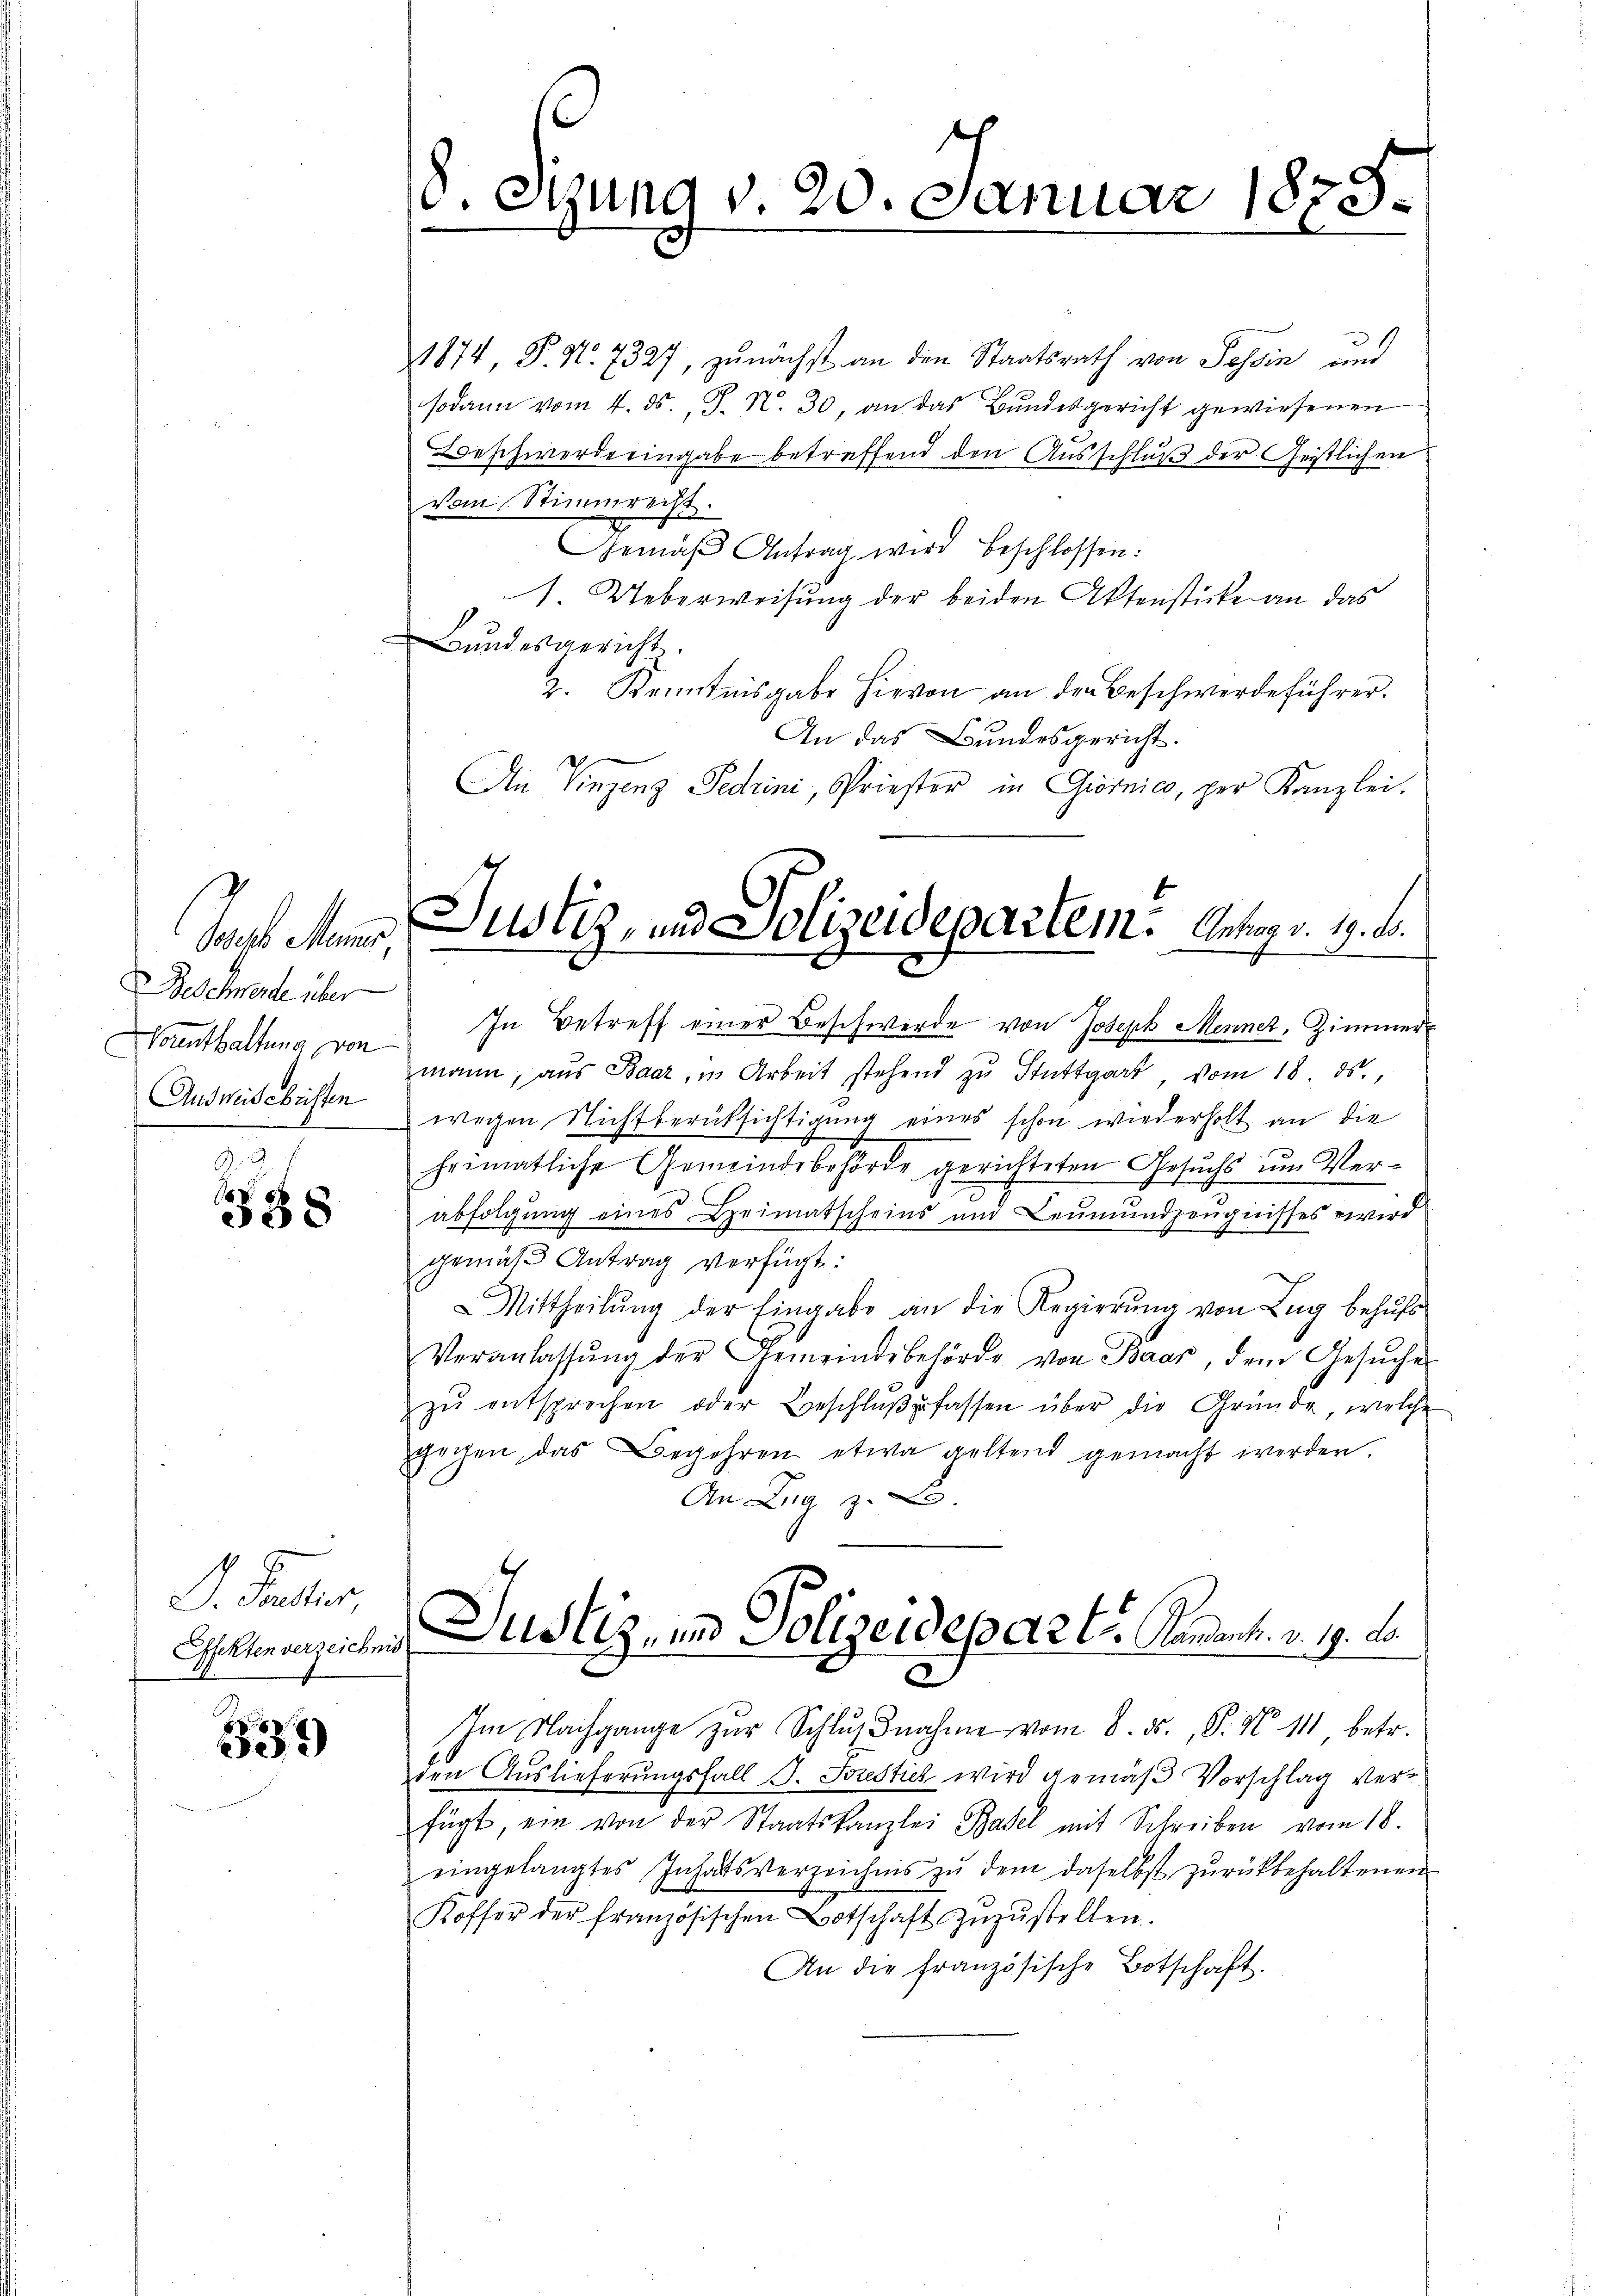
Joseph Meiner
Beschwerde über
Vornthaltung von
Ausweisebristen

38

d. Faller
Effekten verzeichnis

539)

8. Sitzung v. 20. Januar 1873.

Justiz, und Polizeidepartem. Antrag v. 19. d.

1874 P. Nr. 7327, zunächst an den Staatsrath von Tessin und
sodann vom 4. ds. J. N. 30, an das Bundesgericht gewiesenen
Beschwerde eingabe betreffend den Ausschluß der Geistlichen
vom Stimmrecht.
Gemäß Antrag wird beschlossen:
1 Ueberweisung der beiden Aktenstücke an das
Bundesgericht.
2. Kenntnisgabe hievon an der Beschwerdeführer.
An das Bundesgericht.
An Vinzenz Fedrini, Priester in Giornico, per Kanzlei.
In Betreff einer Beschwerde von Joseph Mennek, Zimmer-
mann, aŭs Baar, in Arbeit stehend zŭ Stuttgart vom 18. ds.,
wegen Nichtberüksichtigung eines schon wiederholt an die
heimatliche Gemeindebehörde gerichteten Gesuchs um Verabfolgung eines Heimatscheins und Leŭmŭndzeŭgnisses wird
gemäß Antrag verfügt:
Mittheilŭng der Eingabe an die Regierŭng von Zŭg behŭfs
Veranlassŭng der Gemeindebehörde von Baar, dem Gesŭche
zŭ entsprechen oder Beschlŭβfassen über die Gründe, welche
gegen das Begehren etwa geltend gemacht werden.
An Zug 3.
Justiz, in Polizeidepart Nament. v. 19. Lo
3
Im Nachgange zŭr Schlŭβnahme vom 8. ds. P. N. 111 betr.
den Auslieferungsfall S. Forestich wird gemäß Vorschlag verfügt ein von der Staatskanzlei Basel mit Schreiben vom 18.
eingelangtes Inhaltsverzeichnis zŭ dem daselbst zŭrückbehaltenen
Koffer der französischen Botschaft zŭzŭstellen.
An die französische Botschaft.